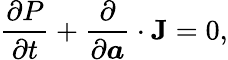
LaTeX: \frac{\partial P}{\partial t}+\frac{\partial}{\partial\boldsymbol{a}}\cdot\mathbf{J}=0,